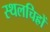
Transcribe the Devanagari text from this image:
स्थलचिह्रों